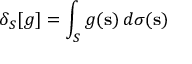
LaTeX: \delta _ { S } [ g ] = \int _ { S } g ( \mathbf { s } ) \, d \sigma ( \mathbf { s } )